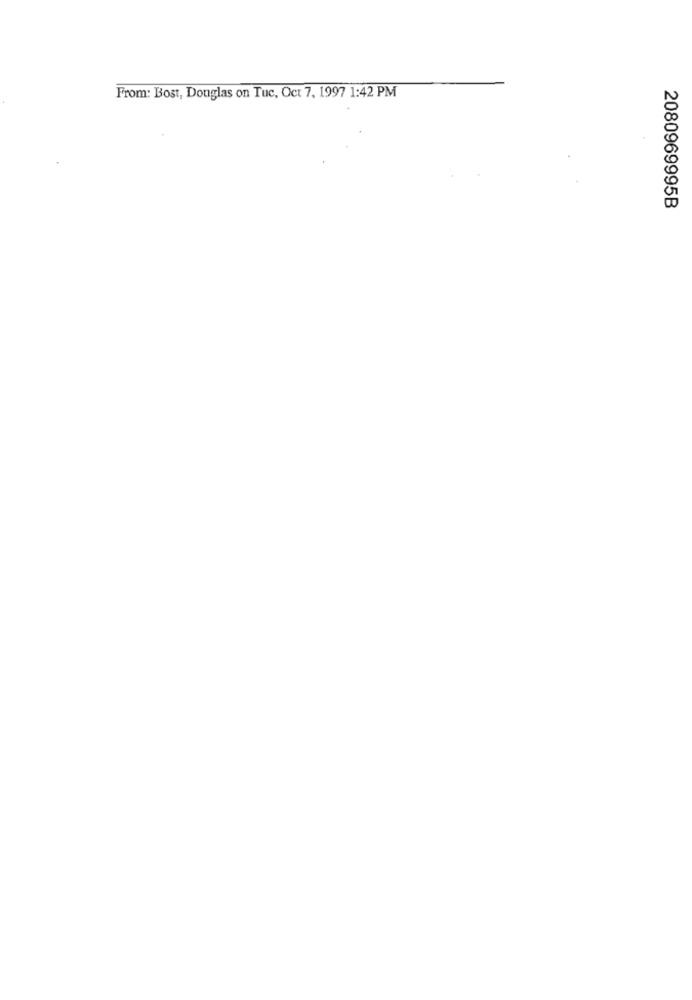
From: Bost, Douglas on Tuc, Oct 7, 1997 1:42 PM
2080969995B